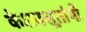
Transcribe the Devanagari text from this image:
केशवसूतांनी